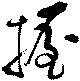
握